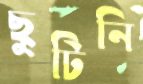
ছুটিনি